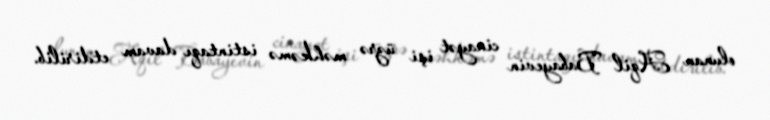
olunan Aqil Babayevin cinayət işi üzrə məhkəmə istintaqı davam etdirilib.